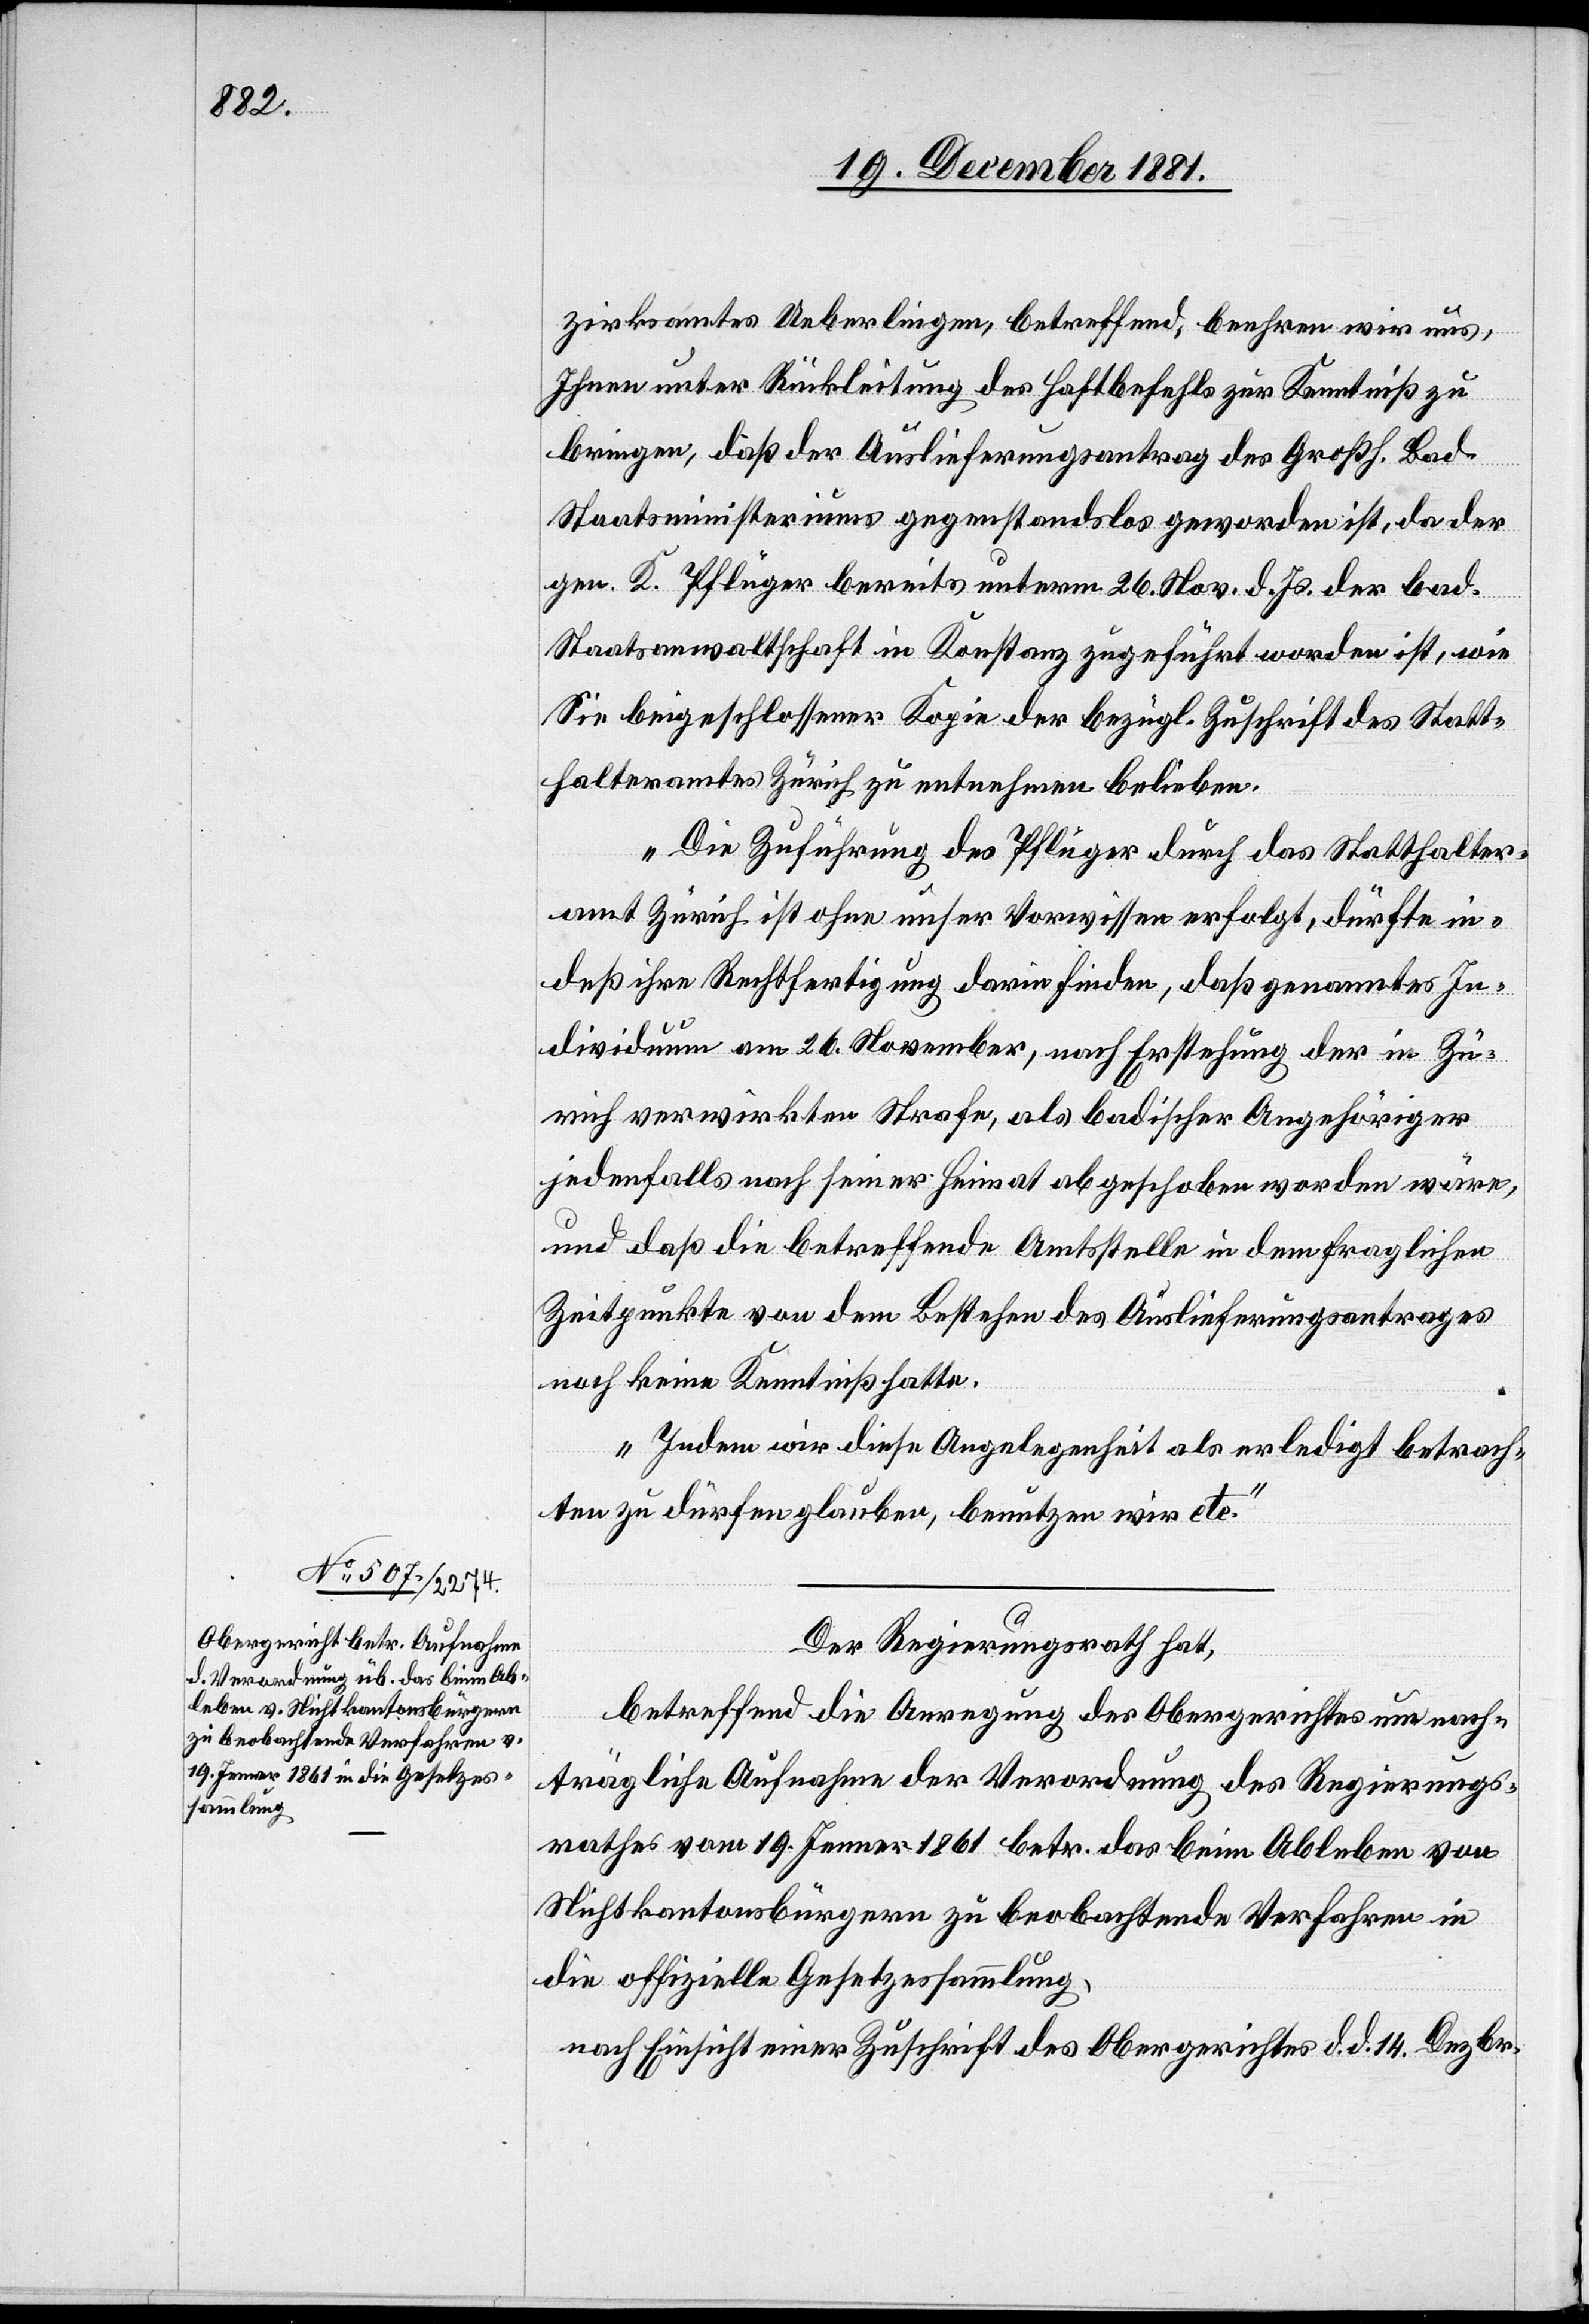
zirksamtes Ueberlingen, betreffend, beehren wir uns,
Ihnen unter Rückleitung des Haftbefehls zur Kenntniß zu
bringen, daß der Auslieferungsantrag des Großh. Bad.
Staatsministeriums gegenstandslos geworden ist, da der
gen. K. Pflüger bereits unterm 26. Nov. d. Js. der bad.
Staatsanwaltschaft in Konstanz zugeführt worden ist, wie
Sie beigeschlossener Kopie der bezügl. Zuschrift des Statt¬
halteramtes Zürich entnehmen belieben.
Die Zuführung des Pflüger durch das Statthalter¬
amt Zürich ist ohne unser Vorwissen erfolgt, dürfte in¬
deß ihre Rechtfertigung darin finden, daß genanntes In¬
dividuum am 26. November, nach Erstehung der in Zü¬
rich verwirkten Strafe, als badischer Angehöriger
jedenfalls nach seiner Heimat abgeschoben worden wäre,
und daß die betreffende Amtsstelle in dem fraglichen
Zeitpunkte von dem Bestehen des Auslieferungsantrages
noch keine Kenntniß hatte.
Indem wir diese Angelegenheit als erledigt betrach¬
ten zu dürfen glauben, benutzen wird etc.“
Der Regierungsrath hat,
betreffend die Anregung des Obergerichtes um nach¬
trägliche Aufnahme der Verordnung des Regierungs¬
rathes vom 19. Januar 1861 betr. das beim Ableben von
Nichtkantonsbürgern zu beobachtende Verfahren in
die offizielle Gesetzessammlung,
nach Einsicht einer Zuschrift des Obergerichtes d. d. 14. Dezbr.